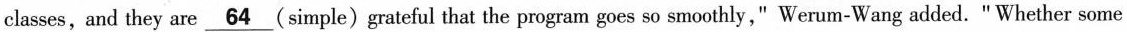
classes, and they are \underline{64} (simple) grateful that the program goes so smoothly," Werum-Wang added. "Whether some